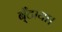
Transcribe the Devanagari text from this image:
ब्ँटाया।